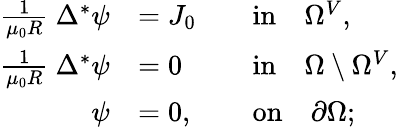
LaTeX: \begin{array}{rlrl}{\frac{1}{\mu_{0}R}~\Delta^{*}\psi}&{=J_{0}}&&{\mathrm{in}\quad\Omega^{V},}\\ {\frac{1}{\mu_{0}R}~\Delta^{*}\psi}&{=0}&&{\mathrm{in}\quad\Omega\setminus\Omega^{V},}\\ {\psi}&{=0,}&&{\mathrm{on}\quad\partial\Omega;}\end{array}